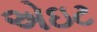
એઇટ